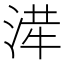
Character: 𭱂